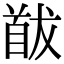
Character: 𩠕